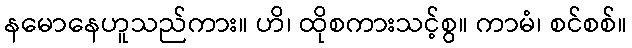
နမောနေဟူသည်ကား။ ဟိ၊ ထိုစကားသင့်စွ။ ကာမံ၊ စင်စစ်။